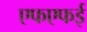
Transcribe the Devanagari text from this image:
एफएफई